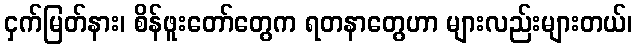
ငှက်မြတ်နား၊ စိန်ဖူးတော်တွေက ရတနာတွေဟာ များလည်းများတယ်၊